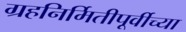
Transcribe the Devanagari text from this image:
ग्रहनिर्मितीपूर्वीच्या